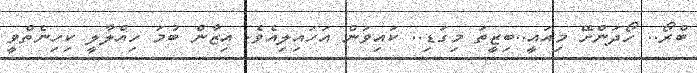
ބްރޯ.. ހޯދަންށޭ މިއައީ..ބިޒީތަ މިގަޑި.. ކައިވަން އަހައިލިއެވެ. އިޒާން ބުމަ ހިއްލާލީ ކިހިނެތްވީ